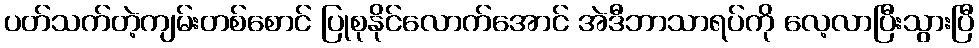
ပတ်သက်တဲ့ကျမ်းတစ်စောင် ပြုစုနိုင်လောက်အောင် အဲဒီဘာသာရပ်ကို လေ့လာပြီးသွားပြီ